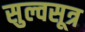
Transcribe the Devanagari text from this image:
सुल्वसूत्र